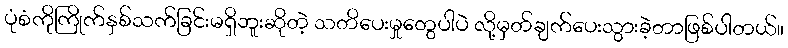
ပုံစံကိုကြိုက်နှစ်သက်ခြင်းမရှိဘူးဆိုတဲ့ သတိပေးမှုတွေပါပဲ လို့မှတ်ချက်ပေးသွားခဲ့တာဖြစ်ပါတယ်။